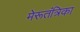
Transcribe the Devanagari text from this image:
मेरूतंत्रिका